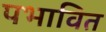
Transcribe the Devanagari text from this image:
पभावित